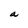
Character: a